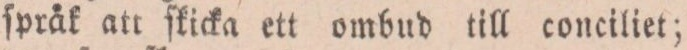
ſpråk att ſkicka ett ombud till conciliet;